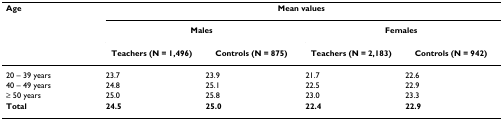
<table><thead><tr><td><b>Age</b></td><td colspan="4"><b>Mean values</b></td></tr><tr><td></td><td colspan="2"><b>Males</b></td><td colspan="2"><b>Females</b></td></tr><tr><td></td><td><b>Teachers (N = 1,496)</b></td><td><b>Controls (N = 875)</b></td><td><b>Teachers (N = 2,183)</b></td><td><b>Controls (N = 942)</b></td></tr></thead><tbody><tr><td>20 – 39 years</td><td>23.7</td><td>23.9</td><td>21.7</td><td>22.6</td></tr><tr><td>40 – 49 years</td><td>24.8</td><td>25.1</td><td>22.5</td><td>22.9</td></tr><tr><td>≥ 50 years</td><td>25.0</td><td>25.8</td><td>23.0</td><td>23.3</td></tr><tr><td><b>Total</b></td><td><b>24.5</b></td><td><b>25.0</b></td><td><b>22.4</b></td><td><b>22.9</b></td></tr></tbody></table>